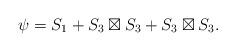
LaTeX: \begin{align*}\psi = S_1 + S_3 \boxtimes S_3 + S_3 \boxtimes S_3.\end{align*}